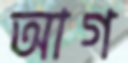
আগ